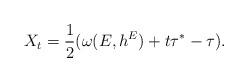
LaTeX: \begin{align*}\begin{aligned}X_{t}=\frac{1}{2}(\omega(E,h^{E})+t\tau^{*}-\tau).\end{aligned}\end{align*}